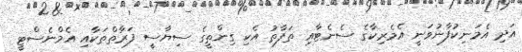
އަދި އެމަނިކުފާނުވަނީ އެމެރިކާގެ ސެނެޓާއި ތަފާތު އެކި ގިންތީގެ ސިޔާސީ ފަރާތްތަކާއި އެމްނެސްޓީ